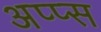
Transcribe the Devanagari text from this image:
अप्प्स